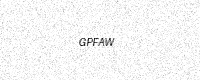
Text: GPFAW